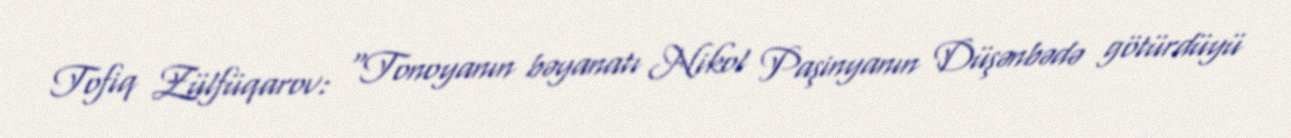
Tofiq Zülfüqarov: “Tonoyanın bəyanatı Nikol Paşinyanın Düşənbədə götürdüyü